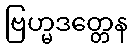
ဗြဟ္မဒတ္တေန